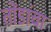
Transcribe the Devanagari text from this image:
तोंडांचा